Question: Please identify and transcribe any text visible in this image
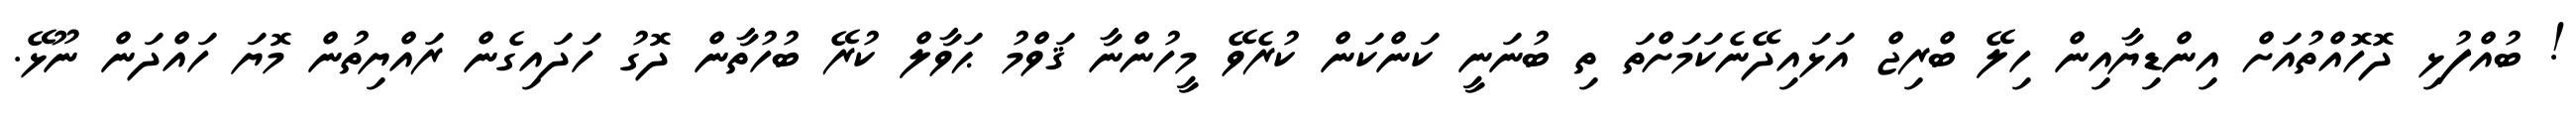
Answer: ! ބުއްފުޅި ދޮހޮއްތުއަށް އިންޑިޔާއިން ހިލޭ ބްރިޖް އަޅައިދޭނެކަމަށްތަ ތި ބުނަނީ ކަންކަން ކުރެވޭ މީހުންނާ ޤަވްމު ޙަވާލް ކުރޭ ބުހުތާން ދޮގު ހަދައިގެން ރައްޔިތުން މޮޔަ ހައްދަން ނޫޅޭ.